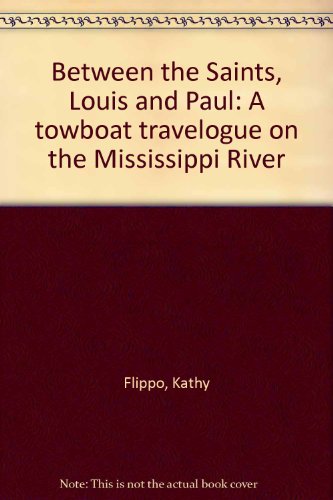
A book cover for Between the Saints, Louis and Paul: A towboat travelogue on the Mississippi River; Kathy Flippo; Travel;